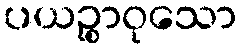
ပယဉ္စာဝုသော